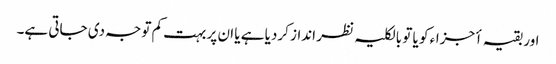
اور بقیہ أجزاء کو یا تو بالکلیہ نظر انداز کردیا ہے یا ان پر بہت کم توجہ دی جاتی ہے۔